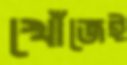
খোঁজেই